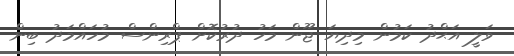
ވަލީ އަޙްދު ކަމުން މިދިޔަ ޖޫން މަހު ދުރުކޮށް ޕްރިންސް މުހައްމަދު ބިން